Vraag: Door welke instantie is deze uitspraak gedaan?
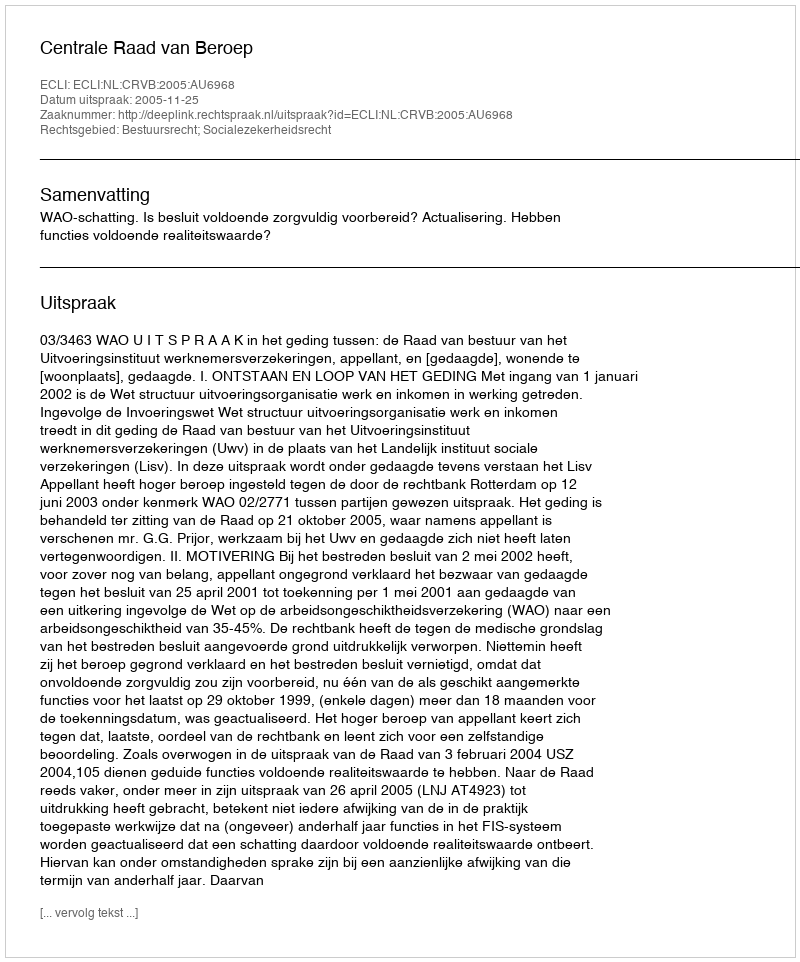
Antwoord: Centrale Raad van Beroep